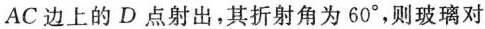
从AC边上的D点射出，其折射角为60^{\circ}，则玻璃对